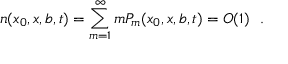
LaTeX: n ( x _ { 0 } , x , b , t ) = \sum _ { m = 1 } ^ { \infty } m P _ { m } ( x _ { 0 } , x , b , t ) = O ( 1 ) \ \ .